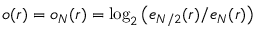
o ( r ) = o _ { N } ( r ) = \log _ { 2 } \big ( e _ { N / 2 } ( r ) / e _ { N } ( r ) \big )